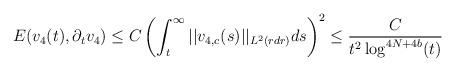
LaTeX: \begin{align*} E(v_{4}(t),\partial_{t}v_{4}) &\leq C \left(\int_{t}^{\infty} ||v_{4,c}(s)||_{L^{2}(r dr)} ds\right)^{2}\leq \frac{C}{t^{2} \log^{4N+4b}(t)}\end{align*}